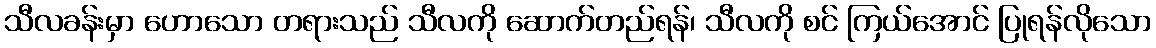
သီလခန်းမှာ ဟောသော တရားသည် သီလကို ဆောက်တည်ရန်၊ သီလကို စင် ကြယ်အောင် ပြုရန်လိုသော